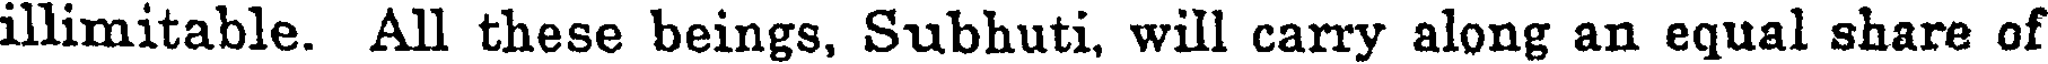
illimitable. All these beings, Subhuti, will carry along an equal share of